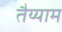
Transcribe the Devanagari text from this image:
तैय्याम